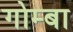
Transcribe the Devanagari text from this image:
गोम्बा